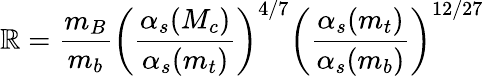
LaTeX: \mathbb{R}=\frac{{m_{B}}}{{m_{b}}}\left(\frac{{\alpha_{s}(M_{c})}}{{\alpha_{s}(m_{t})}}\right)^{4/7}\left(\frac{{\alpha_{s}(m_{t})}}{{\alpha_{s}(m_{b})}}\right)^{12/27}